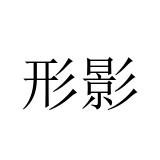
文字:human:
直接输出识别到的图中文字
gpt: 形影